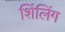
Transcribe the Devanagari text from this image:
शिंलिंग